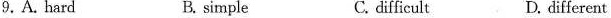
9.A. Hard B. simple C. difficult D. different